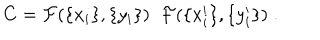
LaTeX: C = { \cal F } ( \{ x _ { i } \} , \{ y _ { i } \} ) \; \; { \cal F } ( \{ x _ { i } ^ { \prime } \} , \{ y _ { i } ^ { \prime } \} ) \; .